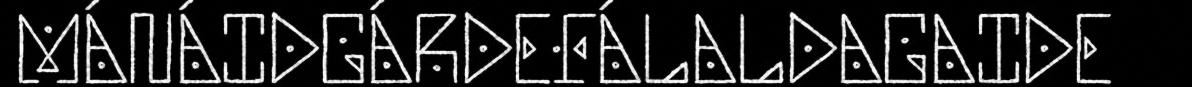
MÁNÁIDGÁRDEFÁLALDAGAIDE